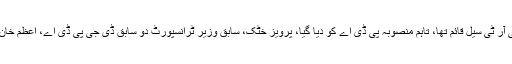
عدالت کے مطابق محکمہ ٹرانسپورٹ میں بی آر ٹی سیل قائم تھا، تاہم منصوبہ پی ڈی اے کو دیا گیا، پرویز خٹک، سابق وزیر ٹرانسپورٹ دو سابق ڈی جی پی ڈی اے، اعظم خان اور کمشنر پشاور کے درمیان کیا تعلق تھا؟